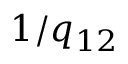
1 / q _ { 1 2 }